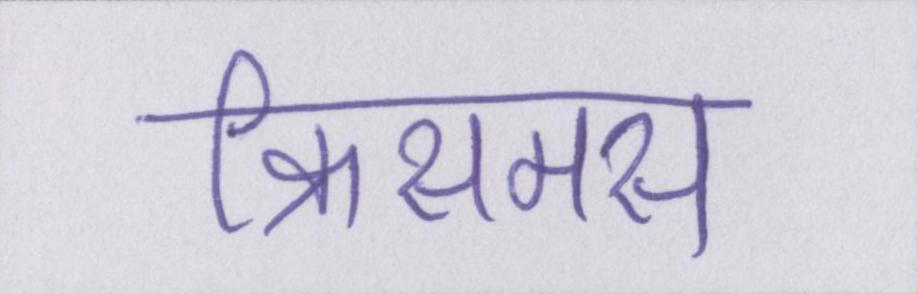
क्रिसमस